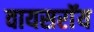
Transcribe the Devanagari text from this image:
वायसराॅय